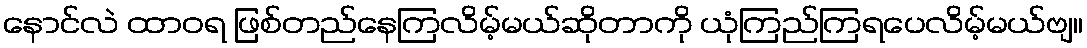
နောင်လဲ ထာဝရ ဖြစ်တည်နေကြလိမ့်မယ်ဆိုတာကို ယုံကြည်ကြရပေလိမ့်မယ်ဗျ။